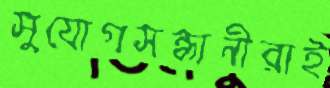
সুযোগসন্ধানীরাই